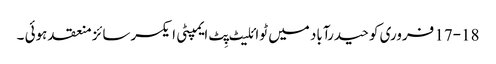
17-18 فروری کو حیدرآباد میں ٹوائلیٹ پِٹ ایمپٹی ایکسرسائز منعقد ہوئی ۔